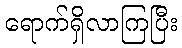
ရောက်ရှိလာကြပြီး